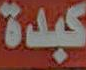
كبدة